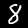
Digit: 8